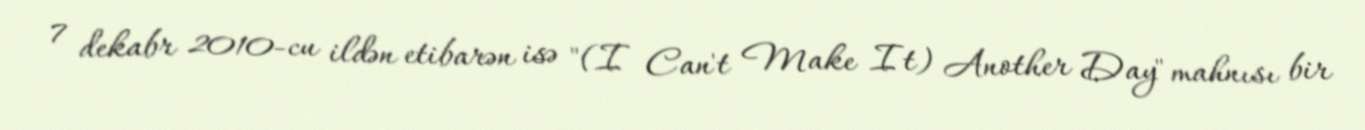
7 dekabr 2010-cu ildən etibarən isə "(I Can't Make It) Another Day" mahnısı bir